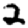
Digit: 2